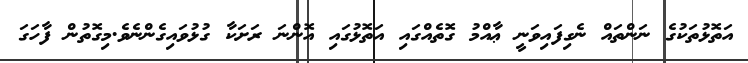
އަތޮޅުތަކުގެ ނަންތައް ނެގިފައިވަނީ ޢާއްމު ގޮތެއްގައި އަތޮޅުގައި އޮންނަ ރަށަކާ ގުޅުވައިގެންނެވެ.މިގޮތުން ފާހަގަ